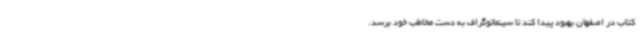
کتاب در اصفهان بهبود پیدا کند تا سینماتوگراف به دست مخاطب خود برسد.